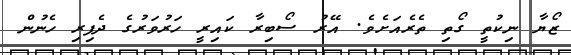
ޒޯޔާ ނިކުތީ ގޯތި ތެރެއަށެވެ. އޭރު ސޯބިރާ ކައިރީ ހަރުވަރުގެ ދެފިރި ހެނުން